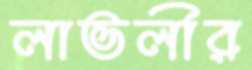
লাভলীর